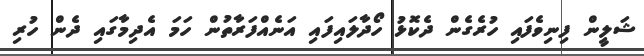
ޝަލީން ފިނިވެފައި ހުރެގެން ދެކޮޅު ހޯދާލައިފައި އަނެއްފަރާތުން ހަމަ އެދިމާގައި ދެން ހުރި